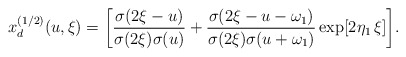
\begin{align*}x_d^{(1/2)}(u,\xi)=\biggl[{\sigma(2\xi-u) \over{\sigma(2\xi) \sigma(u)}} +{\sigma(2\xi-u-\omega_{1}) \over{\sigma(2\xi) \sigma(u+\omega_{1})}} \exp[2\eta_{1}\,\xi]\biggr].\end{align*}